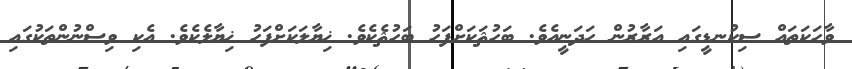
ވާހަކަތައް ސިކުނޑީގައި އަރާރުން ހަދަނީއެވެ. ބަހުޘަކަށްފަހު ބަހުޘެކެވެ. ޚިޔާލަކަށްފަހު ޚިޔާލެކެވެ. އެކި ވިސްނުންތަކުގައި